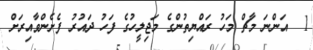
1  އަންނަ މާޗް މަހު ރައްޔިތުންގެ މަޖިލީހުގެ ފަހު ދައުރު ފެށެންވާއިރަށް